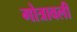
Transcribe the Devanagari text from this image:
गोत्रावली